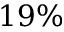
1 9 \%